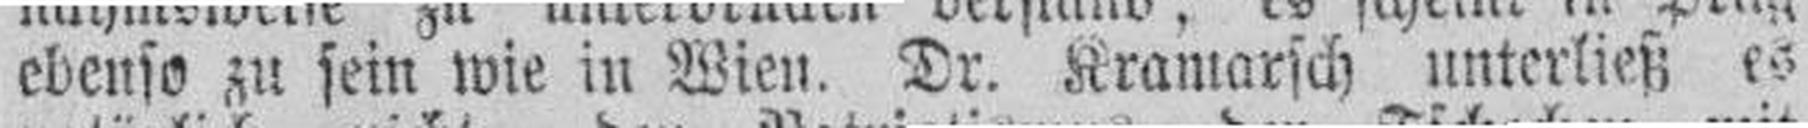
ebenso zu sein wie in Wien. Dr. Kramarsch unterließ es